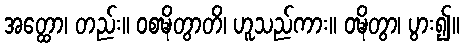
အတ္ထော၊ တည်း။ ဝစဍ္ဎိတွာတိ၊ ဟူသည်ကား။ ဝဍ္ဎိတွာ၊ ပွား၍။